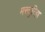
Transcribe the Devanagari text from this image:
मस्तुरिहा